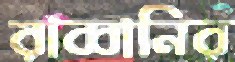
রাব্বানির